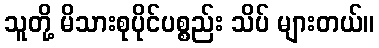
သူတို့ မိသားစုပိုင်ပစ္စည်း သိပ် များတယ်။